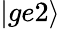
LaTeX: |ge2\rangle